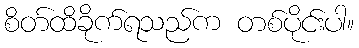
စိတ်ထိခိုက်ရသည်က တစ်ပိုင်းပါ။